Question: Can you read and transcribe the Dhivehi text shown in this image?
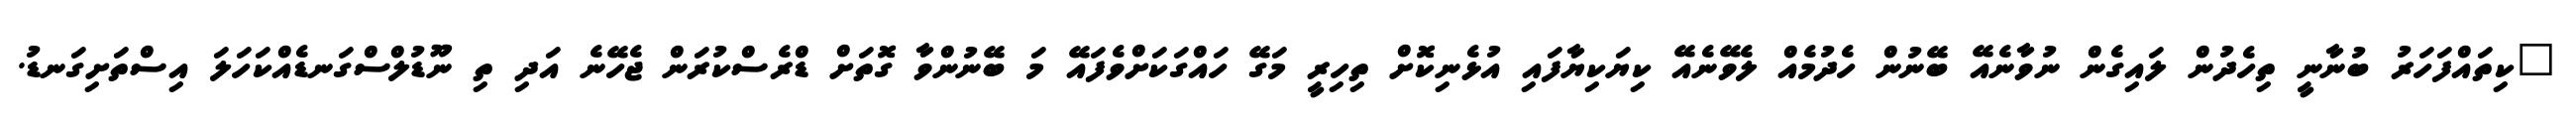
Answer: "ކިތައްފަހަރު ބުނާނީ ތިހެދުން ލައިގެން ނުވާނެއޭ ބޭނުން ހެދުމެއް ލެވޭނެއޭ ކިޔަކިޔާފައި އުޅެނިކޮށް ތިހިރީ މަގޭ ހައްގަކަށްވެފައޭ މަ ބޭނުންވާ ގޮތަށް ޑްރެސްކުރަން ޖެހޭނެ އަދި ތި ނޫޑުލްސްގަނޑެއްކަހަލަ އިސްތަށިގަނޑު.